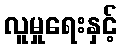
လူမှုရေးနှင့်